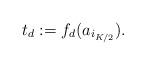
LaTeX: \begin{align*}t_d:=f_d(a_{i_{K/2}}).\end{align*}